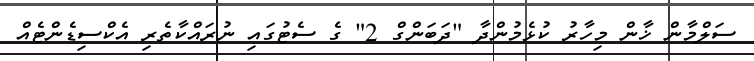
ސަލްމާން ޚާން މިހާރު ކުޅެމުންދާ "ދަބަންގް 2" ގެ ސެޓުގައި ނުރައްކާތެރި އެކްސިޑެންޓެއް